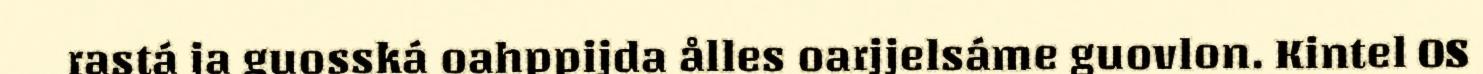
rastá ja guosská oahppijda ålles oarjjelsáme guovlon. Kintel OS